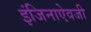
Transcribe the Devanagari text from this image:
इंजिनाऐवजी